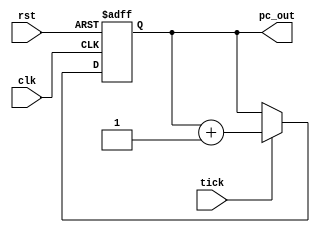
module ProgramCounter(
	input clk,rst,tick,
	output [7:0] pc_out
);

	reg [7:0] counter;

	initial begin
		#0
		counter <= 8'b0;
	end

	always @(posedge clk or posedge rst) begin
		if (rst==1) begin
			counter<=8'b0;
		end
		else if (tick==1) begin
			counter <= counter + 1'b1;
		end
	end

	assign pc_out = counter;
	
endmodule